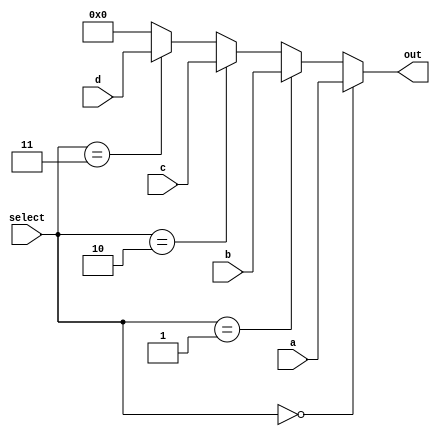
module Mux4to1(input [1:0] select,input[31:0] a,b,c,d,output[31:0] out);
	assign out= (select==2'b00) ? a:
		    (select==2'b01) ? b:
		    (select==2'b10) ? c:
		    (select==2'b11) ? d:
			{32{1'b0}};
endmodule